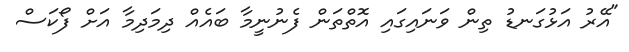
"އޭރު އަޅުގަނޑު ތިން ވަނައިގައި އޮތްތަން ފެނުނީމާ ބައެއް ދިމަދިމާ އަށް ފޯކަސް